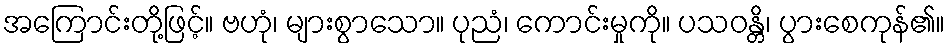
အကြောင်းတို့ဖြင့်။ ဗဟုံ၊ များစွာသော။ ပုညံ၊ ကောင်းမှုကို။ ပသဝန္တိ၊ ပွားစေကုန်၏။